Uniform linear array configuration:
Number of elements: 24
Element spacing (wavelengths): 0.25
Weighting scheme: cosine
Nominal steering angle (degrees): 30
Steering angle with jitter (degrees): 30.413
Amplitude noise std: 0.05
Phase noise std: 0.05

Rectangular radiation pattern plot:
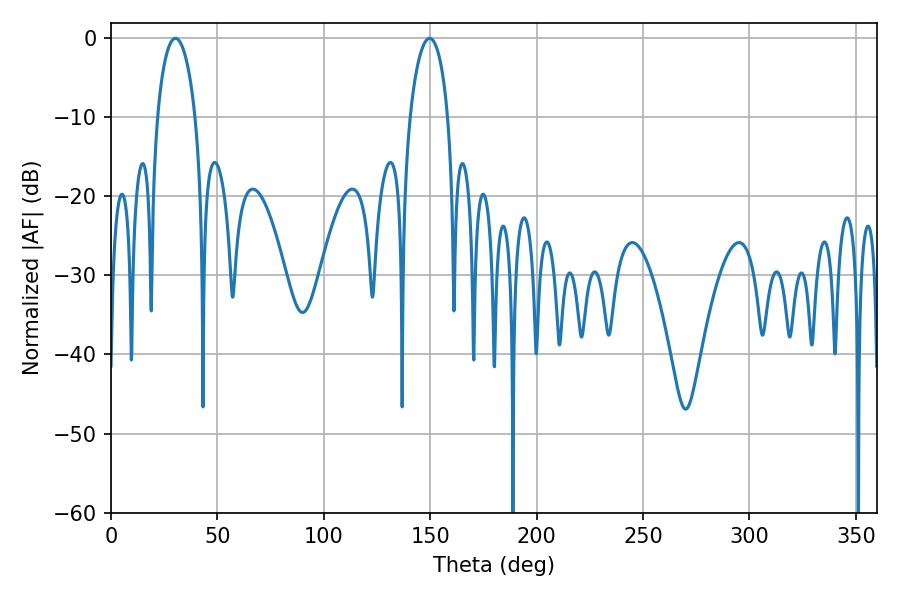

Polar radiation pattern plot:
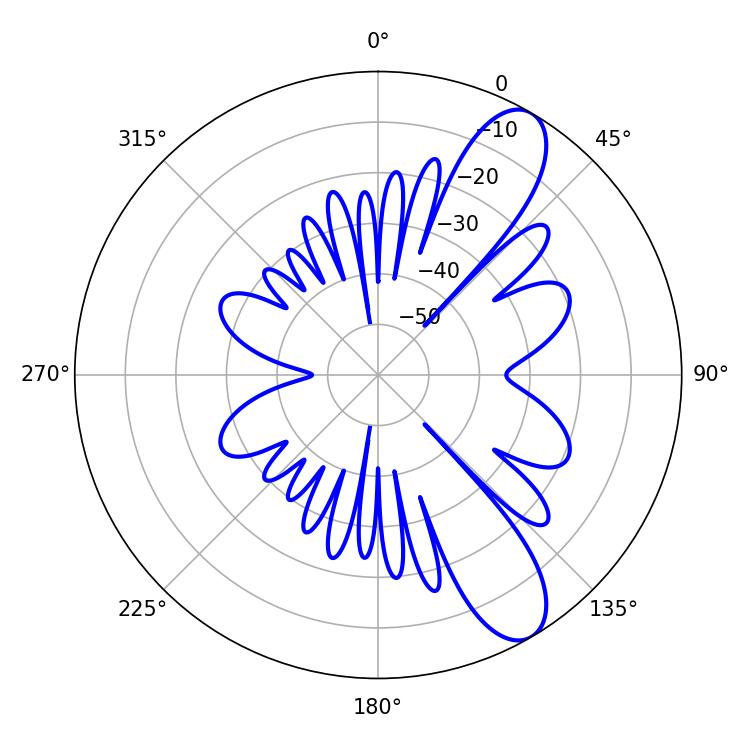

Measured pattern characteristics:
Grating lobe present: FALSE
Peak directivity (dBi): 10.051
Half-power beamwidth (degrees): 10.08
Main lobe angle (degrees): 30.24